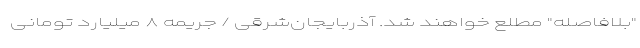
"بلافاصله" مطلع خواهند شد. آذربایجان‌شرقی / جریمه ۸ میلیارد تومانی